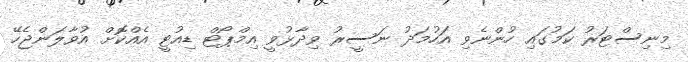
މިނިސްޓަރު ކަމުގައި ހުންނެވި އަހުމަދު ނަސީރު ވިދާޅުވީ އިމްޕޯޓް ޑިއުޓީ އެއްކޮށް އުވާލަންޖެހޭ